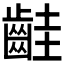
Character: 𪗹